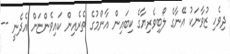
ދިވެހި ޒުވާނަކު އޭނާގެ ލޯބިވެރިޔާގެ ކިބައިން އާންމުގެ ތެރެއިން ކައިވެންޏަށް އެދެނީ --